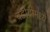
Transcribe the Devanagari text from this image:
बडोदामध्ये